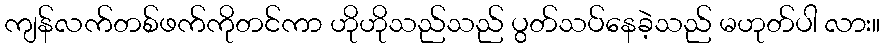
ကျန်လက်တစ်ဖက်ကိုတင်ကာ ဟိုဟိုသည်သည် ပွတ်သပ်နေခဲ့သည် မဟုတ်ပါ လား။